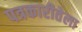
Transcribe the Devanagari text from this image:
पत्रकारीतेला